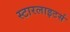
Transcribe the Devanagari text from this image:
स्टारलाइटर्स